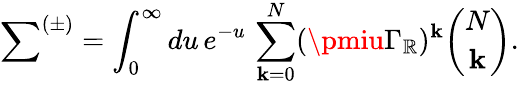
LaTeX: {\sum}^{(\pm)}=\int_{0}^{\infty}du\, e^{-u}\, \sum_{\mathbf{k}=0}^{N}(\pmiu\Gamma_{\mathbb{R}})^{\mathbf{k}}{\binom{N}{\mathbf{k}}}.